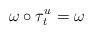
LaTeX: \begin{align*}\omega\circ\tau_t^u = \omega\end{align*}